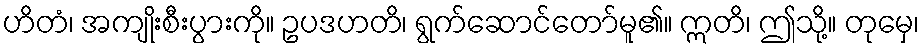
ဟိတံ၊ အကျိုးစီးပွားကို။ ဥပဒဟတိ၊ ရွက်ဆောင်တော်မူ၏။ ဣတိ၊ ဤသို့။ တုမှေ၊